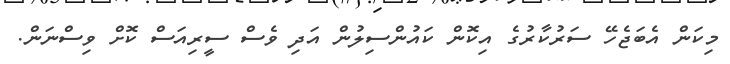
މިކަން އެބަޖެހޭ ސަރުކާރުގެ އިކޮން ކައުންސިލުން އަދި ވެސް ސީރިއަސް ކޮށް ވިސްނަން.